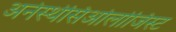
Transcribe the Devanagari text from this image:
अनेस्थेसिओलोजिस्ट